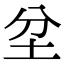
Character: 坌